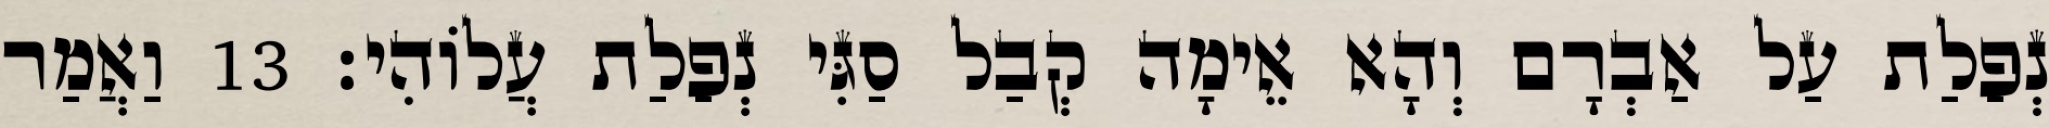
נְפַלַת עַל אַבְרָם וְהָא אֵימָה קְבַל סַגִּי נְפַלַת עֲלוֹהִי׃ 13 וַאֲמַר